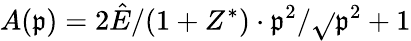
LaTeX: A(\mathfrak{p})=2\hat{{E}}/(1+Z^{*})\cdot\mathfrak{p}^{2}/\sqrt{}{{\mathfrak{p}^{2}+1}}